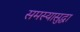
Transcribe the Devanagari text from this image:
समस्यासुद्धा